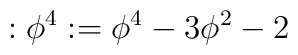
:\phi ^4:=\phi ^4-3\phi ^2-2